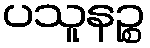
ပသူနဉ္စ